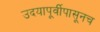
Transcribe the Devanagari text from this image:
उदयापूर्वीपासूनच